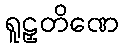
ရူဠှတိဏေ